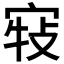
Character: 𡨣